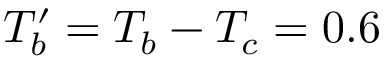
T _ { b } ^ { \prime } = T _ { b } - T _ { c } = 0 . 6